Elephants and their diseases
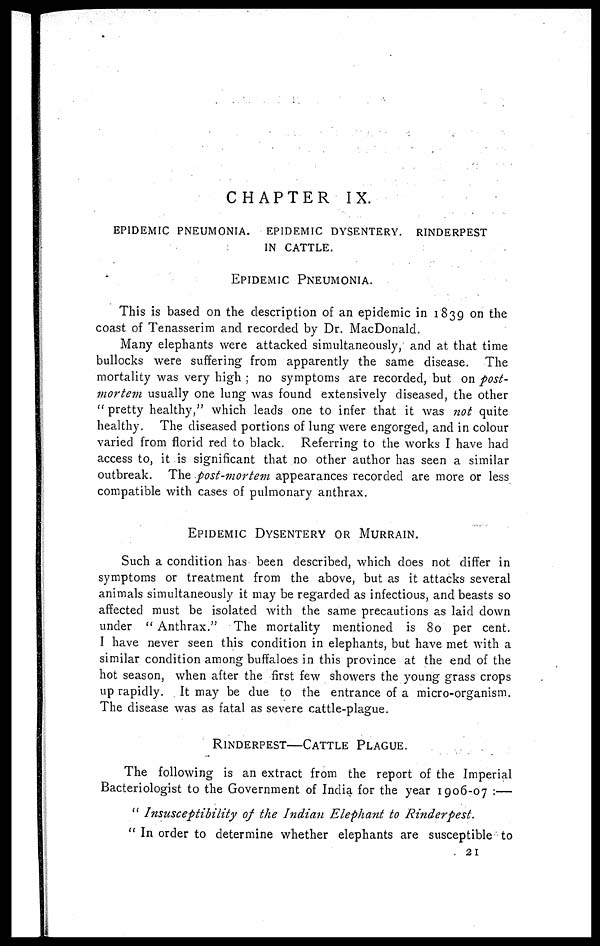
CHAPTER IX.
EPIDEMIC PNEUMONIA. EPIDEMIC DYSENTERY. RINDERPEST
IN CATTLE.
EPIDEMIC
PNEUMONIA.
This is based on the description of an epidemic in 1839 on the
coast of Tenasserim and recorded by Dr. MacDonald.
Many elephants were attacked simultaneously, and at that time
bullocks were suffering from apparently the same disease. The
mortality was very high ; no symptoms are recorded, but on post-
mortem usually one lung was found extensively diseased, the other
" pretty healthy," which leads one to infer that it was not quite
healthy. The diseased portions of lung were engorged, and in colour
varied from florid red to black. Referring to the works I have had
access to, it is significant that no other author has seen a similar
outbreak. The post-mortem appearances recorded are more or less
compatible with cases of pulmonary anthrax.
EPIDEMIC DYSENTERY OR MURRAIN.
Such a condition has been described, which does not differ in
symptoms or treatment from the above, but as it attacks several
animals simultaneously it may be regarded as infectious, and beasts so
affected must be isolated with the same precautions as laid down
under " Anthrax." The mortality mentioned is 80 per cent.
I have never seen this condition in elephants, but have met with a
similar condition among buffaloes in this province at the end of the
hot season, when after the first few showers the young grass crops
up rapidly. It may be due to the entrance of a micro-organism.
The disease was as fatal as severe cattle-plague.
RINDERPEST—CATTLE PLAGUE.
The following is an extract from the report of the Imperial
Bacteriologist to the Government of India for the year 1906-07 :—
" Insusceptibility of the Indian Elephant to Rinderpest.
" In order to determine whether elephants are susceptible to
21